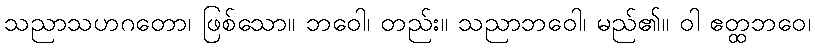
သညာသဟဂတော၊ ဖြစ်သော။ ဘဝေါ၊ တည်း။ သညာဘဝေါ၊ မည်၏။ ဝါ ဧတ္ထဘဝေ၊